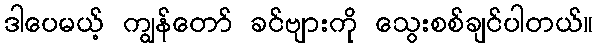
ဒါပေမယ့် ကျွန်တော် ခင်ဗျားကို သွေးစစ်ချင်ပါတယ်။